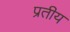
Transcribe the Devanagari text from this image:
प्रतीय